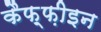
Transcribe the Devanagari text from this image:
कैफ़्फ़ीइन